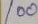
100